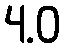
4.0